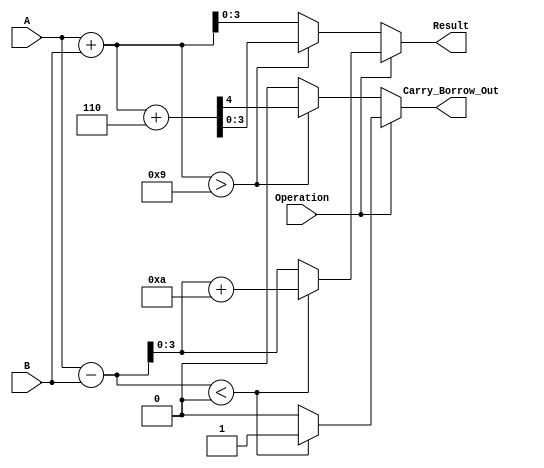
module BCD_Add_Subtracter (
    input wire [3:0] A,        // First BCD operand
    input wire [3:0] B,        // Second BCD operand
    input wire Operation,       // Control signal (0 for addition, 1 for subtraction)
    output reg [3:0] Result,    // Resulting BCD value
    output reg Carry_Borrow_Out  // Carry/Borrow out flag
);

    wire [4:0] sum;            // 5-bit sum for addition
    wire [4:0] diff;           // 5-bit difference for subtraction
    reg [4:0] adjusted_result;  // Adjusted result for BCD correction

    // Compute sum and difference
    assign sum = A + B;        // Sum of A and B
    assign diff = A - B;       // Difference of A and B

    always @(*) begin
        if (Operation == 0) begin // Addition
            // Check for BCD correction
            if (sum > 9) begin
                adjusted_result = sum + 5'b0110; // Add 6 for BCD correction
                Result = adjusted_result[3:0];   // Lower 4 bits are the result
                Carry_Borrow_Out = adjusted_result[4]; // Carry out if overflow
            end else begin
                Result = sum[3:0]; // Valid BCD result
                Carry_Borrow_Out = 0; // No carry out
            end
        end else begin // Subtraction
            // Check for BCD correction
            if (diff < 0) begin
                adjusted_result = {1'b0, diff} + 5'b1010; // Add 10 for BCD correction
                Result = adjusted_result[3:0]; // Lower 4 bits are the result
                Carry_Borrow_Out = 1; // Borrow occurred
            end else begin
                Result = diff[3:0]; // Valid BCD result
                Carry_Borrow_Out = 0; // No borrow
            end
        end
    end

endmodule